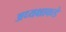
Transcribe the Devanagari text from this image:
अध्यक्षाकडे